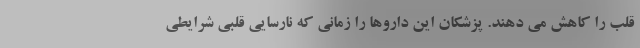
قلب را کاهش می دهند. پزشکان این داروها را زمانی که نارسایی قلبی شرایطی